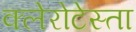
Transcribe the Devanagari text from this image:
क्लेरोटेस्ता